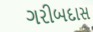
ગરીબદાસ